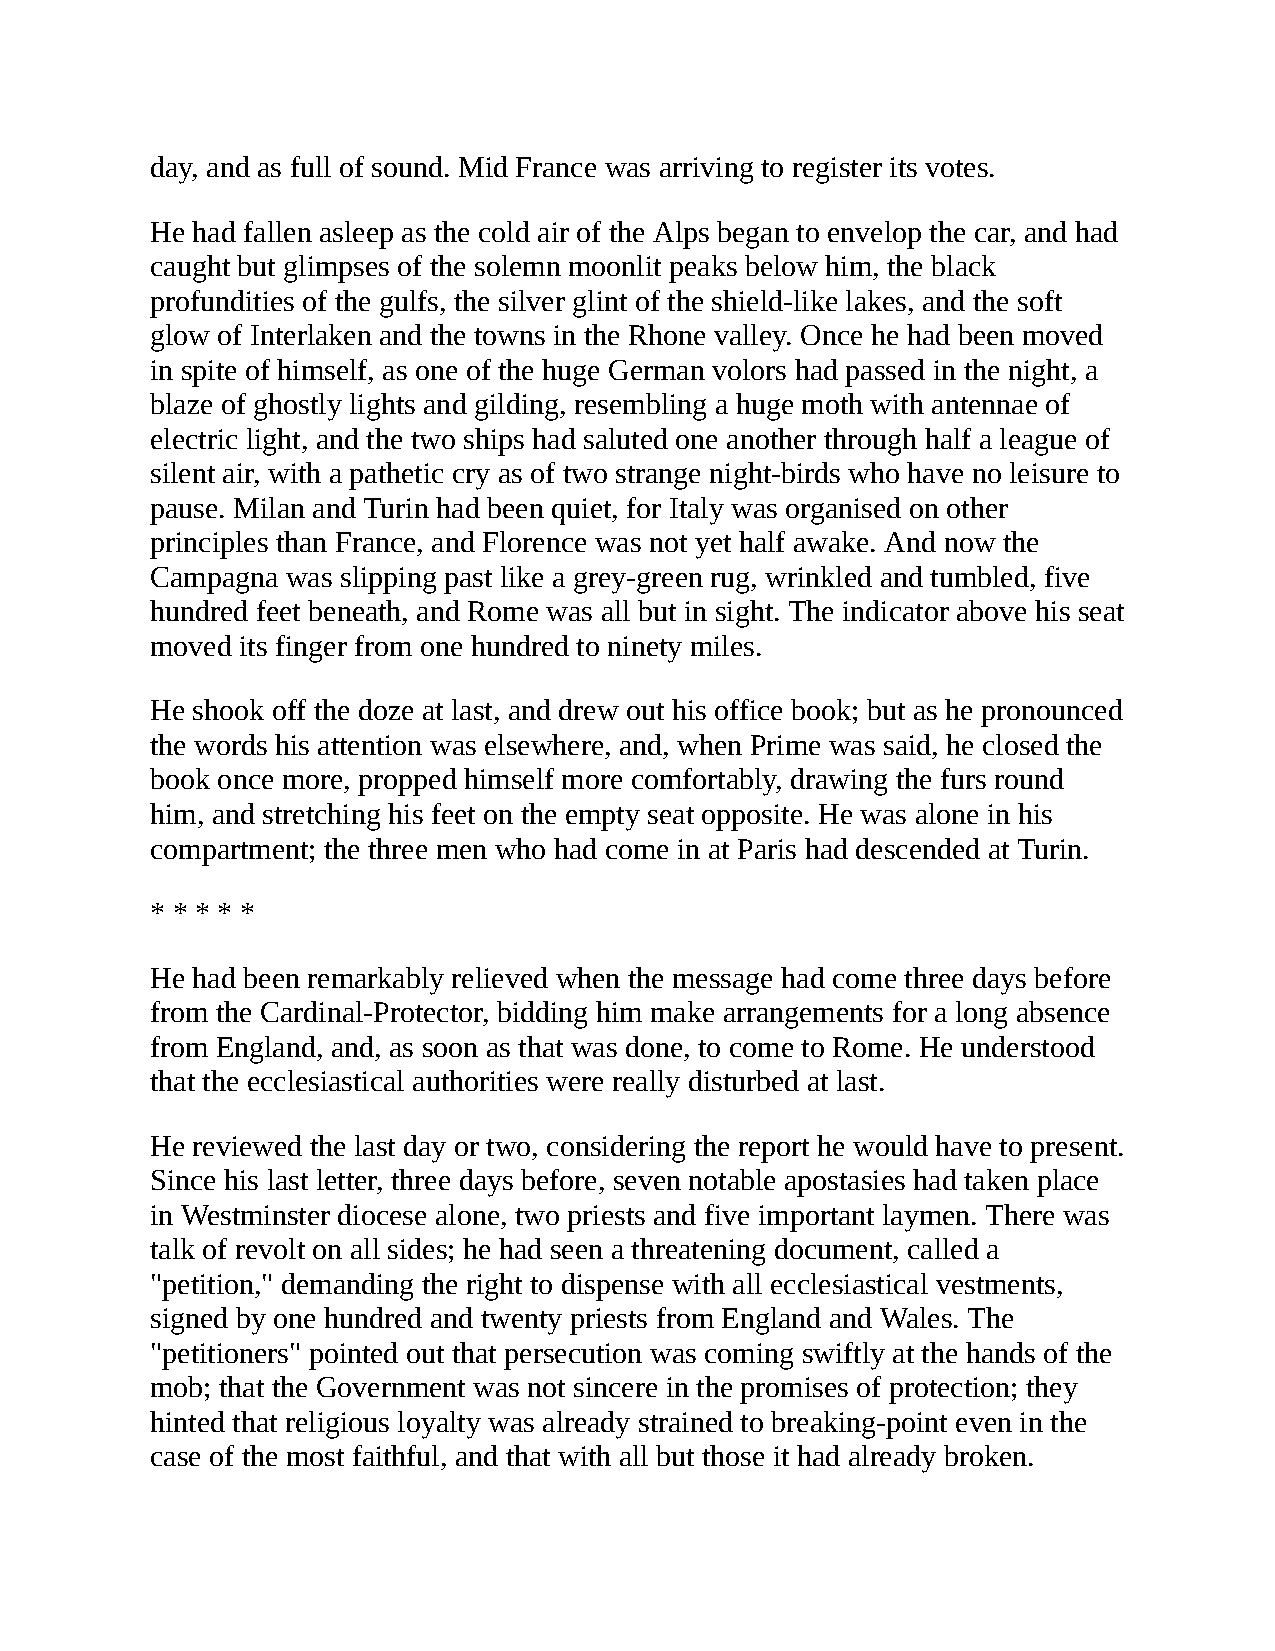
day, and as full of sound. Mid France was arriving to register its votes.
 He had fallen asleep as the cold air of the Alps began to envelop the car, and had
 caught but glimpses of the solemn moonlit peaks below him, the black
 profundities of the gulfs, the silver glint of the shield-like lakes, and the soft
 glow of Interlaken and the towns in the Rhone valley. Once he had been moved
 in spite of himself, as one of the huge German volors had passed in the night, a
 blaze of ghostly lights and gilding, resembling a huge moth with antennae of
 electric light, and the two ships had saluted one another through half a league of
 silent air, with a pathetic cry as of two strange night-birds who have no leisure to
 pause. Milan and Turin had been quiet, for Italy was organised on other
 principles than France, and Florence was not yet half awake. And now the
 Campagna was slipping past like a grey-green rug, wrinkled and tumbled, five
 hundred feet beneath, and Rome was all but in sight. The indicator above his seat
 moved its finger from one hundred to ninety miles.
 He shook off the doze at last, and drew out his office book; but as he pronounced
 the words his attention was elsewhere, and, when Prime was said, he closed the
 book once more, propped himself more comfortably, drawing the furs round
 him, and stretching his feet on the empty seat opposite. He was alone in his
 compartment; the three men who had come in at Paris had descended at Turin.
 * * * * *
 He had been remarkably relieved when the message had come three days before
 from the Cardinal-Protector, bidding him make arrangements for a long absence
 from England, and, as soon as that was done, to come to Rome. He understood
 that the ecclesiastical authorities were really disturbed at last.
 He reviewed the last day or two, considering the report he would have to present.
 Since his last letter, three days before, seven notable apostasies had taken place
 in Westminster diocese alone, two priests and five important laymen. There was
 talk of revolt on all sides; he had seen a threatening document, called a
 "petition," demanding the right to dispense with all ecclesiastical vestments,
 signed by one hundred and twenty priests from England and Wales. The
 "petitioners" pointed out that persecution was coming swiftly at the hands of the
 mob; that the Government was not sincere in the promises of protection; they
 hinted that religious loyalty was already strained to breaking-point even in the
 case of the most faithful, and that with all but those it had already broken.